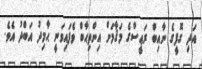
އަދި ގޮފީގެ ނާއިބް ރަޢީސްގެ މަޤާމަށް އިންތިޙާބް ވެފައިވަނީ ޙާމިދު އަބްދު އެވެ.